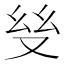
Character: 𢆼